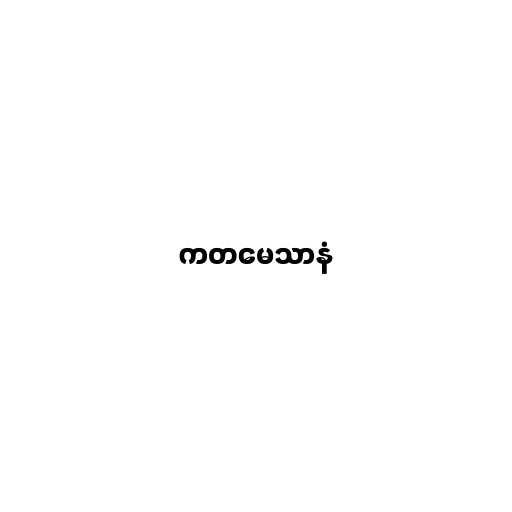
ကတမေသာနံ